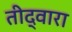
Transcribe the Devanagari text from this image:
तीद्वारा